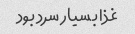
غذا بسیار سرد بود